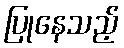
ပြုနေသည့်